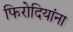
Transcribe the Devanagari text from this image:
फिरोदियांना